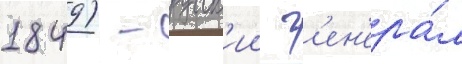
1849) - русск'ии г'ен'ера́л